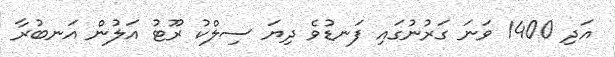
އަދި 1400 ވަނަ ގަރުނުގައި ފަނޑުވެ ދިޔަ ސިލްކު ރޫޓު އަލުން އަނބުރާ